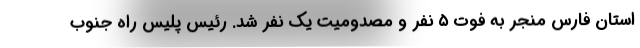
استان فارس منجر به فوت ۵ نفر و مصدومیت یک نفر شد. رئیس پلیس راه جنوب